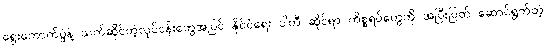
ရွေးကောက်ပွဲနဲ့ သက်ဆိုင်တဲ့လုပ်ငန်းတွေအပြင် နိုင်ငံရေး ပါတီ ဆိုင်ရာ ကိစ္စရပ်တွေကို အပြီးပြတ် ဆောင်ရွက်တဲ့